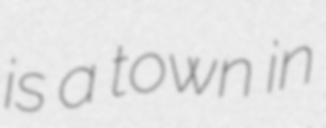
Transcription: is a town in